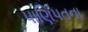
પાણિપતના